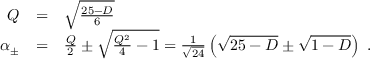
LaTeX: \begin{array} { r c l } { { Q } } & { { = } } & { { \sqrt { \frac { 2 5 - D } { 6 } } } } \\ { { \alpha _ { \pm } } } & { { = } } & { { \frac { Q } { 2 } \pm \sqrt { \frac { Q ^ { 2 } } { 4 } - 1 } = \frac { 1 } { \sqrt { 2 4 } } \left( \sqrt { 2 5 - D } \pm \sqrt { 1 - D } \right) \ . } } \end{array}